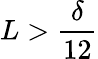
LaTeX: L>\frac{\delta}{12}